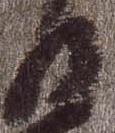
日